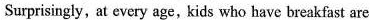
Surprisingly, at every age,kids who have breakfast are